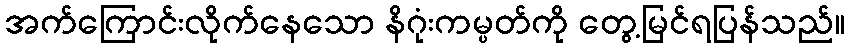
အက်ကြောင်းလိုက်နေသော နိဂုံးကမ္ပတ်ကို တွေ့မြင်ရပြန်သည်။